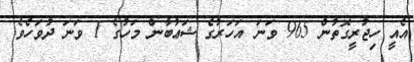
އެއީ ހިޖުރީގޮތުން 965 ވަނަ އަހަރުގެ ޝަޢުބާން މަހުގެ 1 ވަނަ ދުވަހެވެ.